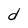
Character: d